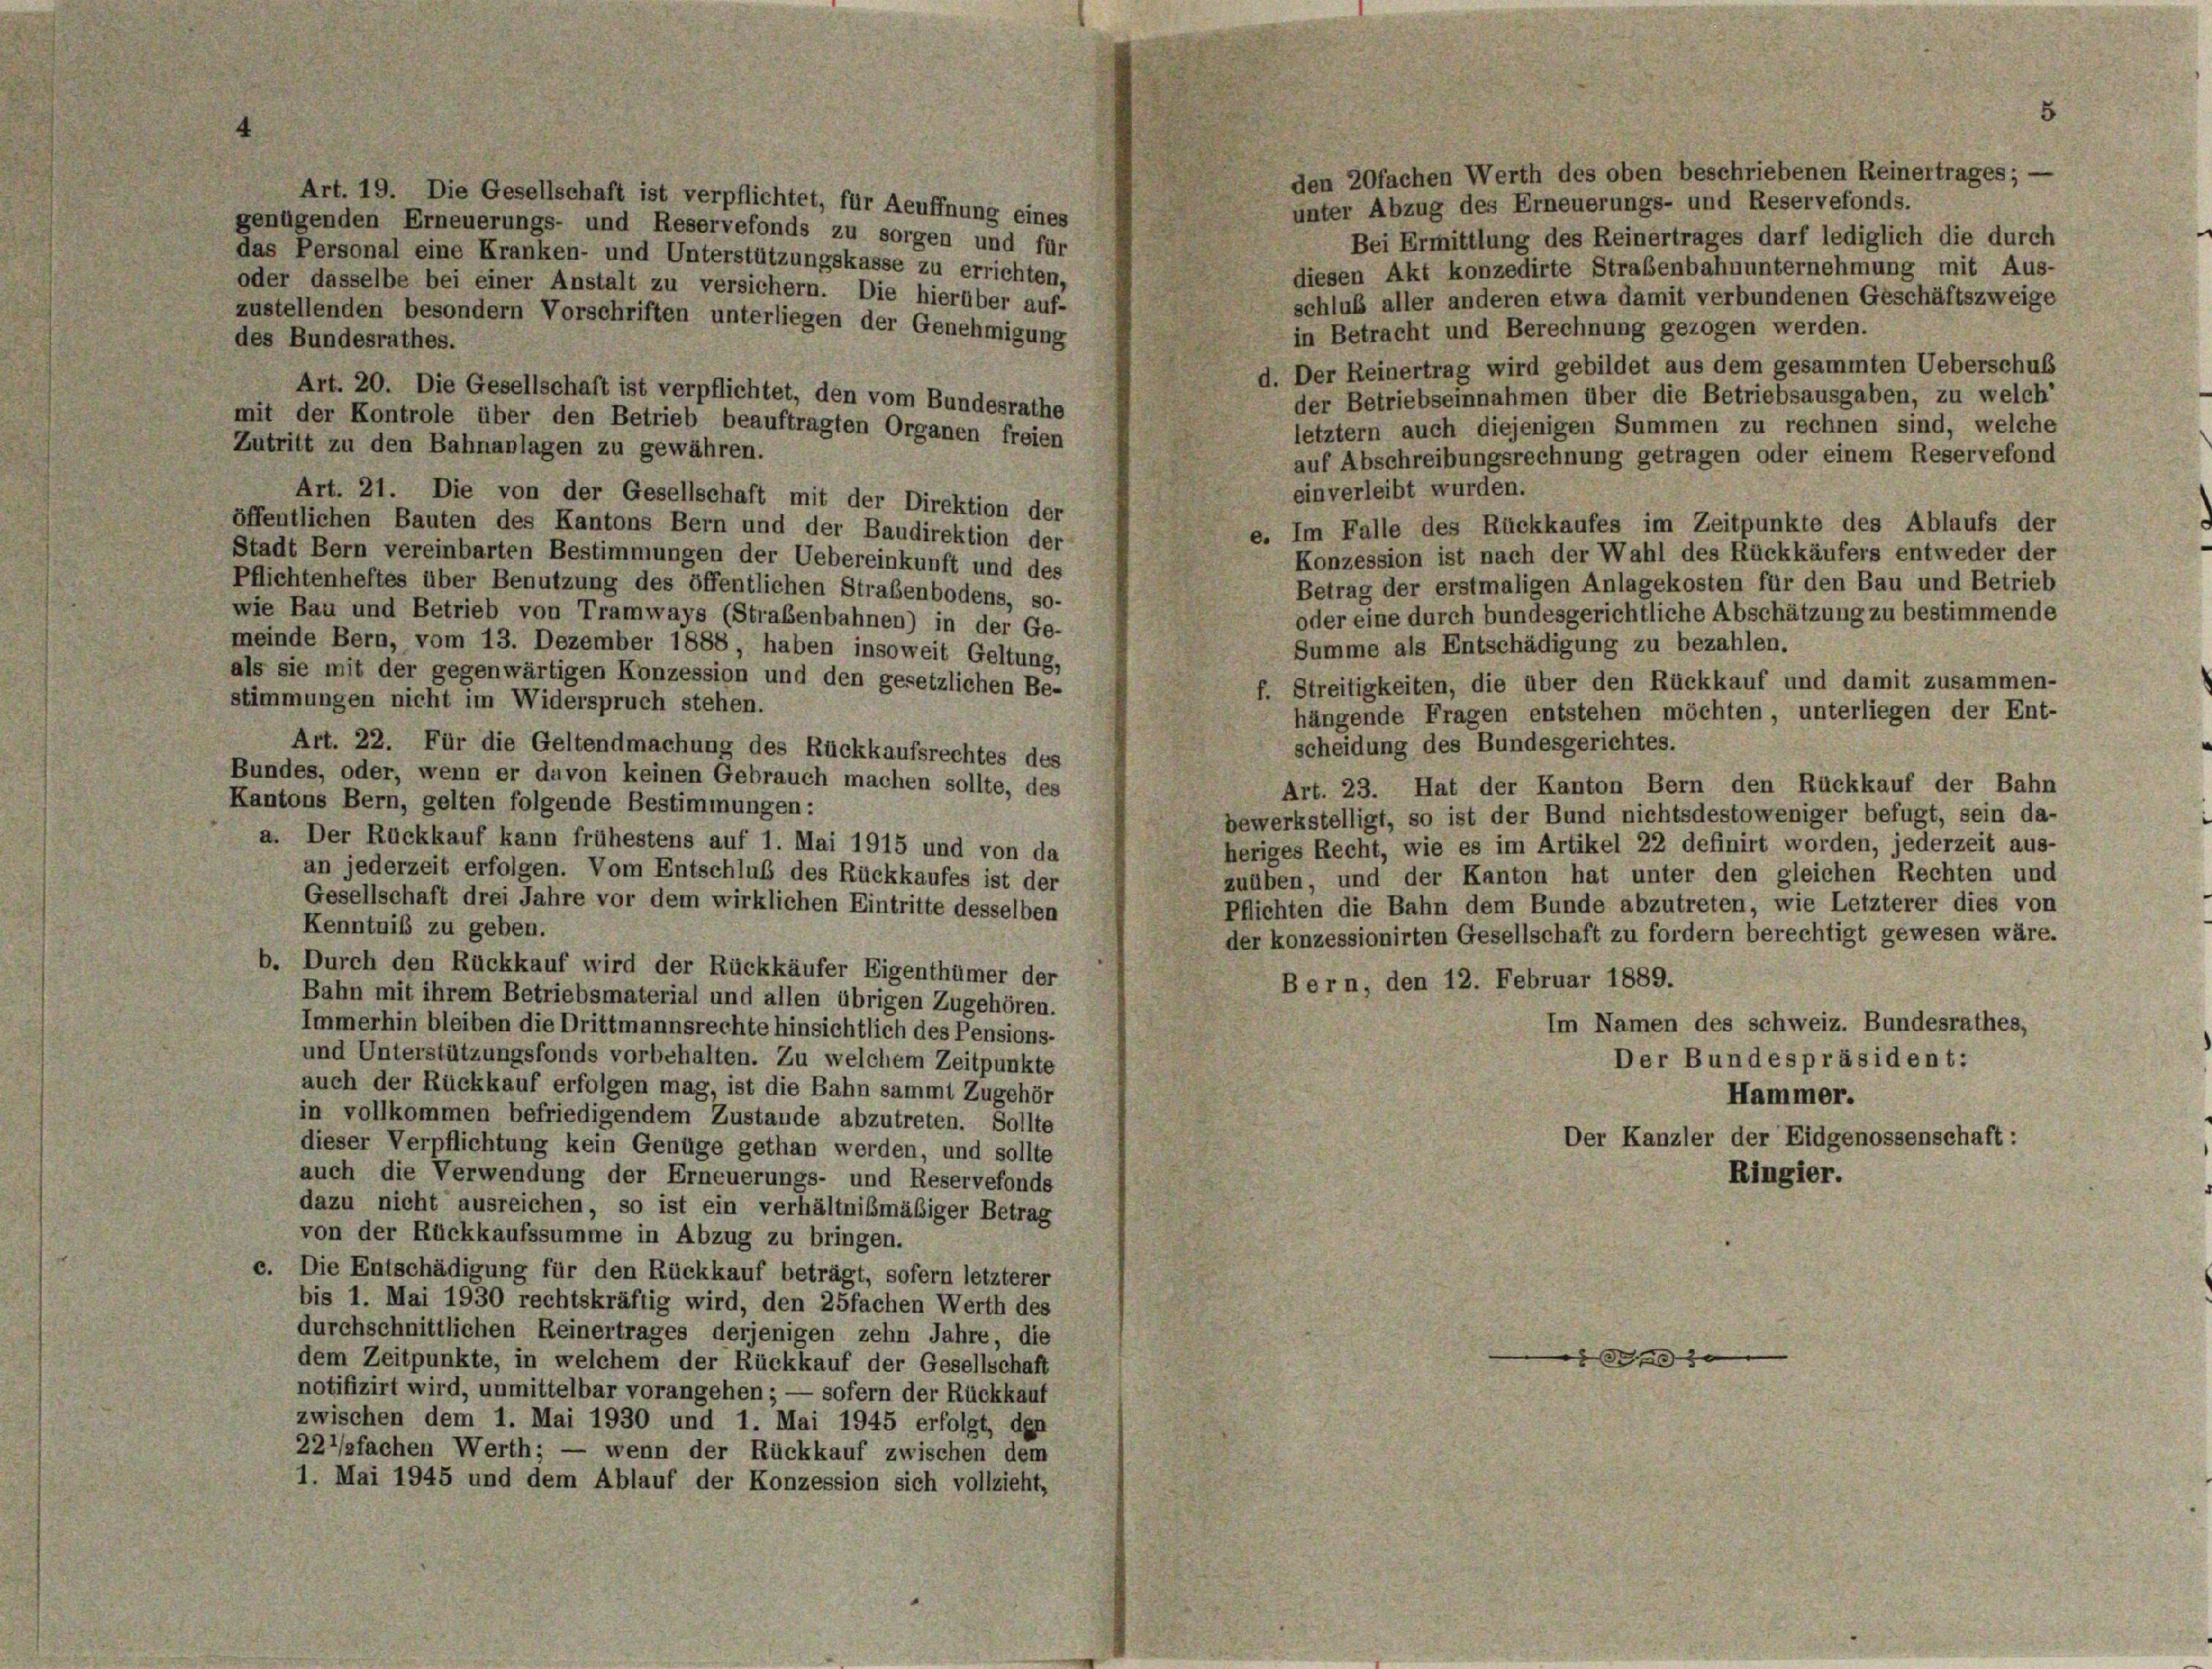
den 20fachen Werth des oben beschriebenen Reinertrages; —
Art. 19. Die Gesellschaft ist verpflichtet, für Aeuffnung eines
unter Abzug des Erneuerungs- und Reservefonds.
genügenden Erneuerungs- und Reservefonds zu sorgen und für
Bei Ermittlung des Reinertrages darf lediglich die durch
das Personal eine Kranken- und Unterstützungskasse zu errichten,
diesen Akt konzedirte Straßenbahnunternehmung mit Aus-
oder dasselbe bei einer Anstalt zu versichern. Die hierüber auf-
schluß aller anderen etwa damit verbundenen Geschäftszweige
zustellenden besondern Vorschriften unterliegen der Genehmigung
in Betracht und Berechnung gezogen werden.
des Bundesrathes.
d. Der Reinertrag wird gebildet aus dem gesammten Ueberschuß
Art. 20. Die Gesellschaft ist verpflichtet, den vom Bundesrathe
der Betriebseinnahmen über die Betriebsausgaben, zu welch’
mit der Kontrole über den Betrieb beauftragten Organen freien
letztem auch diejenigen Summen zu rechnen sind, welche
Zutritt zu den Bahnanlagen zu gewähren.
auf Abschreibungsrechnung getragen oder einem Reservefond
einverleibt wurden.
Art. 21. Die von der Gesellschaft mit der Direktion der
öffentlichen Bauten des Kantons Bern und der Baudirektion der
e. Im Falle des Rückkaufes im Zeitpunkte des Ablaufs der
Stadt Bern vereinbarten Bestimmungen der Uebereinkunft und des
Konzession ist nach der Wahl des Rückkäufers entweder der
Pflichtenheftes über Benutzung des öffentlichen Straßenbodens, so-
Betrag der erstmaligen Anlagekosten für den Bau und Betrieb
wie Bau und Betrieb von Tramways (Straßenbahnen) in der Ge-
oder eine durch bundesgerichtliche Abschätzung zu bestimmende
meinde Bern, vom 13. Dezember 1888, haben insoweit Geltung,
Summe als Entschädigung zu bezahlen.
als sie mit der gegenwärtigen Konzession und den gesetzlichen Be-
f. Streitigkeiten, die über den Rückkauf und damit zusammen-
stimmungen nicht im Widerspruch stehen.
hängende Fragen entstehen möchten, unterliegen der Ent-
scheidung des Bundesgerichtes.
Art. 22. Für die Geltendmachung des Rückkaufsrechtes des
Bundes, oder, wenn er davon keinen Gebrauch machen sollte, des
Art. 23. Hat der Kanton Bern den Rückkauf der Bahn
Kantons Bern, gelten folgende Bestimmungen:
bewerkstelligt, so ist der Bund nichtsdestoweniger befugt, sein da-
a. Der Rückkauf kann frühestens auf 1. Mai 1915 und von da
heriges Recht, wie es im Artikel 22 definirt worden, jederzeit aus-
an jederzeit erfolgen. Vom Entschluß des Rückkaufes ist der
zuüben, und der Kanton hat unter den gleichen Rechten und
Gesellschaft drei Jahre vor dem wirklichen Eintritte desselben
Pflichten die Bahn dem Bunde abzutreten, wie Letzterer dies von
Kenntniß zu geben.
der konzessionirten Gesellschaft zu fordern berechtigt gewesen wäre.
b. Durch den Rückkauf wird der Rückkäufer Eigenthümer der
Bern, den 12. Februar 1889.
Bahn mit ihrem Betriebsmaterial und allen übrigen Zugehören.
Im Namen des schweiz. Bundesrathes,
Immerhin bleiben die Drittmannsrechte hinsichtlich des Pensions-
und Unterstützungsfonds vorbehalten. Zu welchem Zeitpunkte
Der Bundespräsident:
auch der Rückkauf erfolgen mag, ist die Bahn sammt Zugehör
Hammer.
in vollkommen befriedigendem Zustande abzutreten. Sollte
Der Kanzler der Eidgenossenschaft:
dieser Verpflichtung kein Genüge gethan werden, und sollte
auch die Verwendung der Erneuerungs- und Reservefonds
Ringier.
dazu nicht ausreichen, so ist ein verhältnismäßiger Betrag
von der Rückkaufssumme in Abzug zu bringen.
c. Die Entschädigung für den Rückkauf beträgt, sofern letzterer
bis 1. Mai 1930 rechtskräftig wird, den 25fachen Werth des
durchschnittlichen Reinertrages derjenigen zehn Jahre, die
d
dem Zeitpunkte, in welchem der Rückkauf der Gesellschaft
notifizirt wird, unmittelbar vorangehen; — sofern der Rückkauf
zwischen dem 1. Mai 1930 und 1. Mai 1945 erfolgt, den
22’/sfachen Werth; — wenn der Rückkauf zwischen dem
1. Mai 1945 und dem Ablauf der Konzession sich vollzieht,